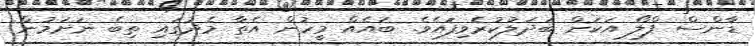
ޑާންސް ފްލޯ އަކަށް ބަދަލުކުރެވިފައެވެ. ބައެއް މީހުން އެތާ މެދުގައި ތިބެ ނަށަމުން